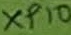
Text: XP10